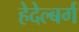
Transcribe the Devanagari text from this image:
हेदेल्बर्ग